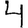
Digit: 4